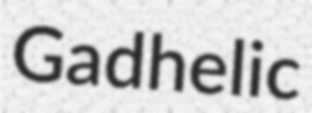
Gadhelic